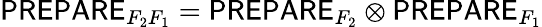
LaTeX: \mathsf{PREPARE}_{F_{2}F_{1}}=\mathsf{PREPARE}_{F_{2}}\otimes\mathsf{PREPARE}_{F_{1}}